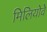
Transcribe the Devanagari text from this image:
मिलियोवे